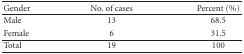
<table><thead><tr><td><b> Gender</b></td><td><b>No. of cases</b></td><td><b>Percent (%)</b></td></tr></thead><tbody><tr><td>Male</td><td>13</td><td>68.5</td></tr><tr><td>Female</td><td>6</td><td>31.5</td></tr><tr><td>Total</td><td>19</td><td>100</td></tr></tbody></table>